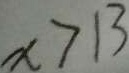
x > 1 3